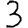
Digit: 3